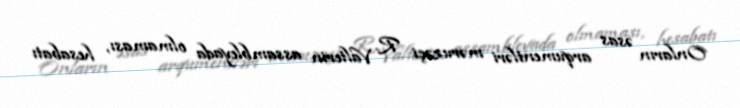
Onların əsas arqumentləri məruzəçi R. Valterin assambleyada olmaması, hesabatı